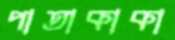
পাতাকাকা